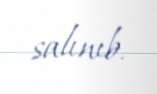
salınıb.